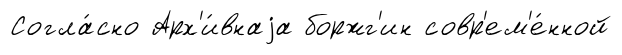
Согла́сно Арх'и́внаjа боржг'ин совр'ем'е́нной